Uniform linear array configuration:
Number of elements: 24
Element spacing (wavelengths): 0.25
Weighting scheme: kaiser
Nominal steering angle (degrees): -15
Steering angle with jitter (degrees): -14.318
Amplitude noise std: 0.05
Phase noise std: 0.05

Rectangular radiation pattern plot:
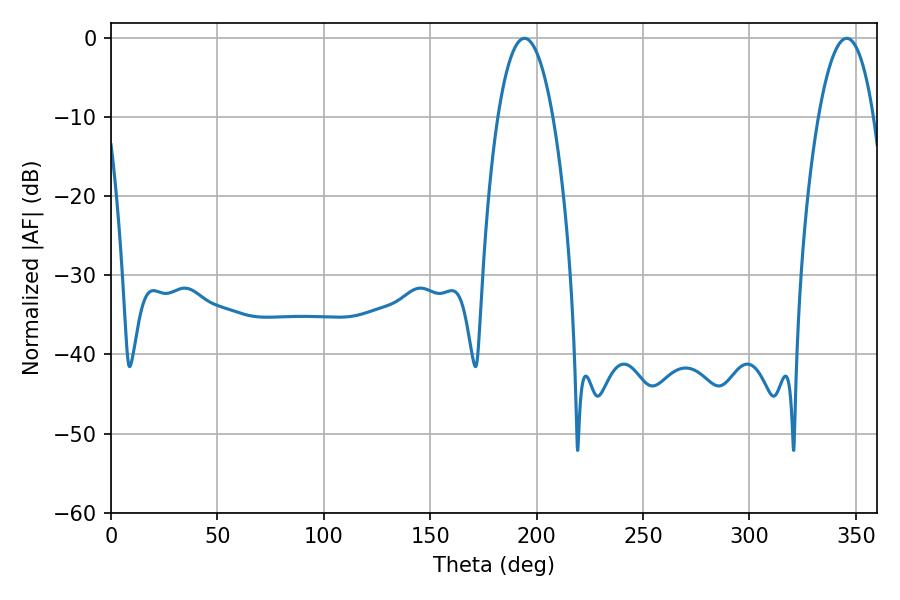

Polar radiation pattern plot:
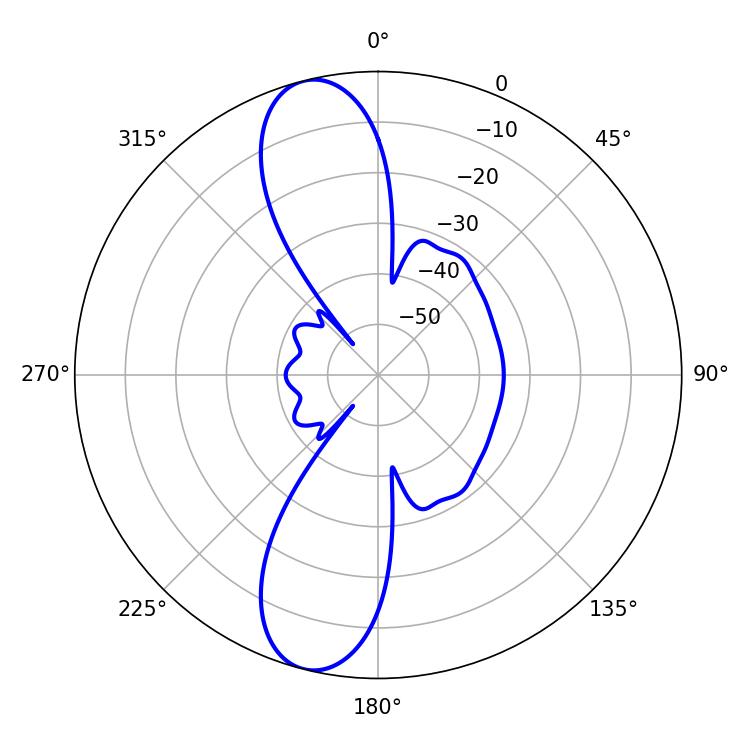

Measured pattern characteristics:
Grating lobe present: FALSE
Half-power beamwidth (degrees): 14.4
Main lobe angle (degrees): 194.22